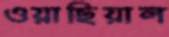
ওয়াছিয়াল